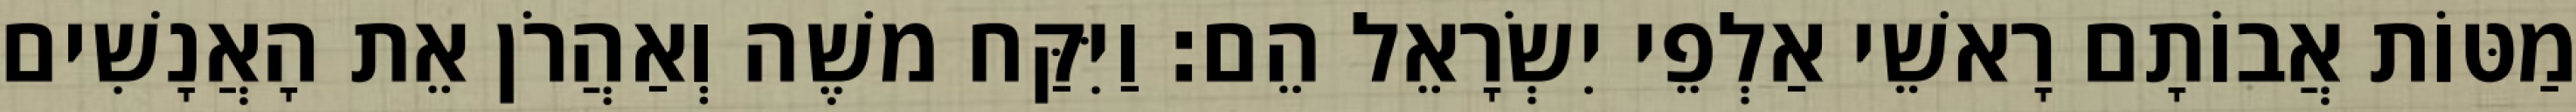
מַטּוֹת אֲבוֹתָם רָאשֵׁי אַלְפֵי יִשְׂרָאֵל הֵם׃ וַיִּקַּח משֶׁה וְאַהֲרֹן אֵת הָאֲנָשִׁים